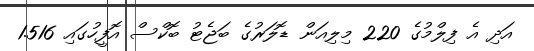
އަދި އެ ފިލްމުގެ 220 މިލިއަން ޑޮލަރުގެ ބަޖެޓު ބޮކްސް އޮފީހުގައި 1.516